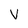
Character: V